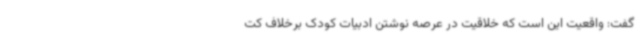
گفت: واقعیت این است که خلاقیت در عرصه نوشتن ادبیات کودک برخلاف کت